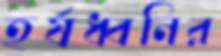
হর্ষধ্বনির